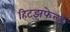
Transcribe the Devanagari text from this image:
हिट्झफेल्ड